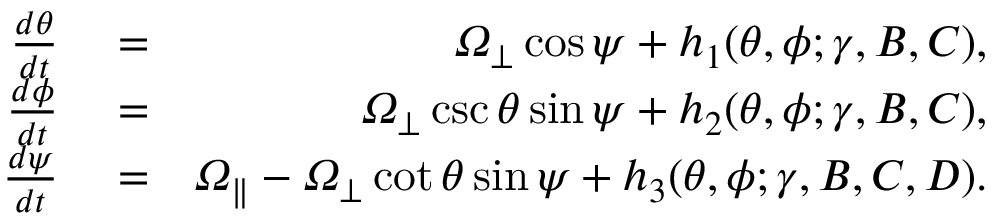
\begin{array} { r l r } { \frac { d \theta } { d t } } & { { } = } & { \itOmega _ { \perp } \cos \psi + h _ { 1 } ( \theta , \phi ; \gamma , B , C ) , } \\ { \frac { d \phi } { d t } } & { { } = } & { \itOmega _ { \perp } \csc \theta \sin \psi + h _ { 2 } ( \theta , \phi ; \gamma , B , C ) , } \\ { \frac { d \psi } { d t } } & { { } = } & { \itOmega _ { \| } - \itOmega _ { \perp } \cot \theta \sin \psi + h _ { 3 } ( \theta , \phi ; \gamma , B , C , D ) . } \end{array}